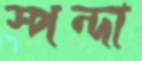
স্পন্দা